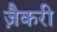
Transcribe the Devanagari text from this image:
ज़ैकरी